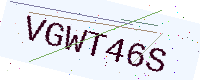
Text: VGWT46S